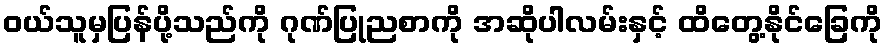
ဝယ်သူမှပြန်ပို့သည်ကို ဂုဏ်ပြုညစာကို အဆိုပါလမ်းနှင့် ထိတွေ့နိုင်ခြေကို